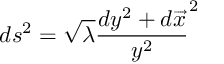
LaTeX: d s ^ { 2 } = \sqrt { \lambda } \frac { d y ^ { 2 } + d \overrightarrow { x } } { y ^ { 2 } } ^ { 2 }